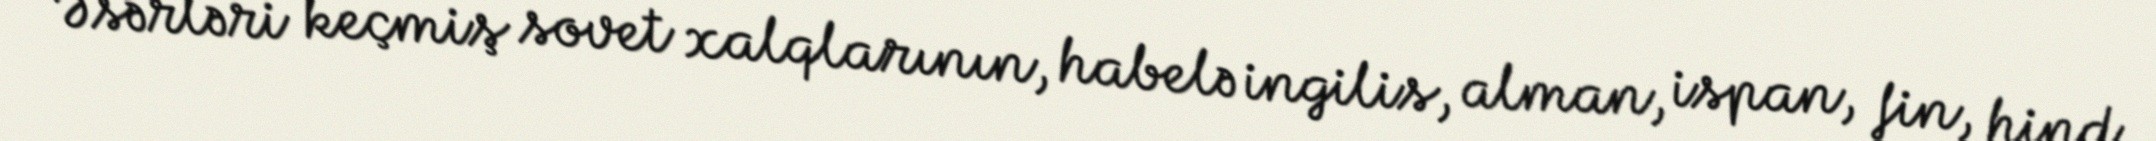
Əsərləri keçmiş sovet xalqlarının, habelə ingilis, alman, ispan, fin, hind,